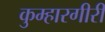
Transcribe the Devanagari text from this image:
कुम्हारगीरी